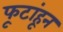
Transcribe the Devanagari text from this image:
फूटांहून